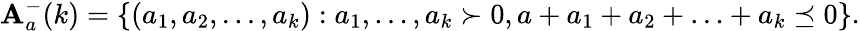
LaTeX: \mathbf{A}_{a}^{-}(k)=\{ (a_{1},a_{2},\ldots,a_{k}):a_{1},\ldots,a_{k}\succ0,a+a_{1}+a_{2}+\ldots+a_{k}\preceq0\} .